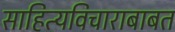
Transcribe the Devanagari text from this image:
साहित्यविचाराबाबत